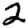
Digit: 2